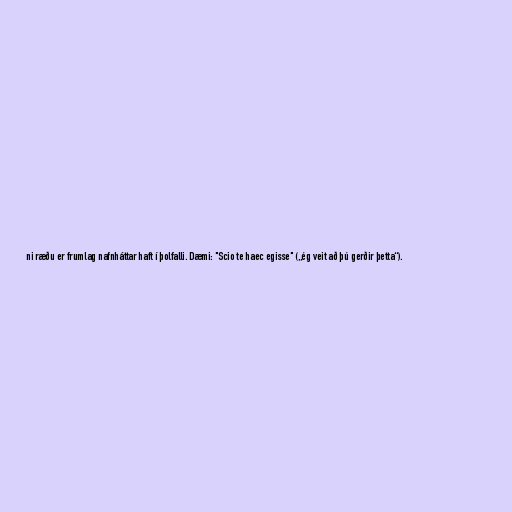
ni ræðu er frumlag nafnháttar haft í þolfalli. Dæmi: "Scio te haec egisse" („ég veit að þú gerðir þetta“).